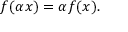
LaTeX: \textstyle f ( \alpha x ) = \alpha f ( x ) .